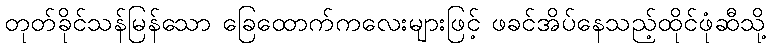
တုတ်ခိုင်သန်မြန်သော ခြေထောက်ကလေးများဖြင့် ဖခင်အိပ်နေသည့်ထိုင်ဖုံဆီသို့